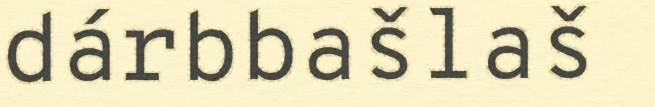
dárbbašlaš